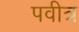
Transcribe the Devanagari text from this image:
पवीत्र